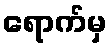
ရောက်မှ